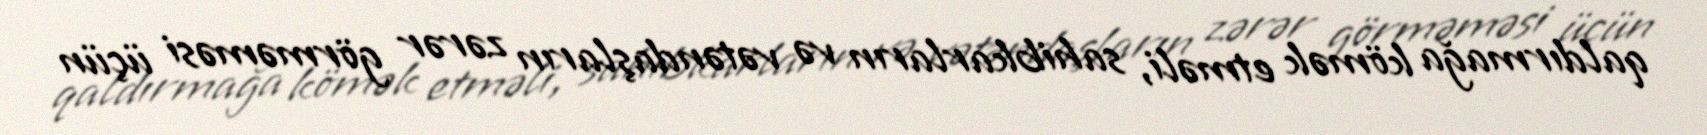
qaldırmağa kömək etməli, sahibkarların və vətəndaşların zərər görməməsi üçün